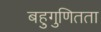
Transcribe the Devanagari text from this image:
बहुगुणितता